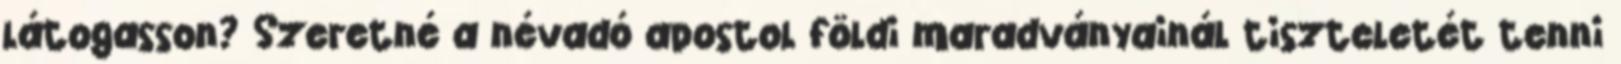
látogasson? Szeretné a névadó apostol földi maradványainál tiszteletét tenni